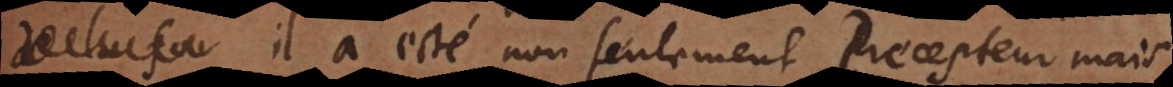
il a esté non seulement Precepteur mais